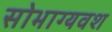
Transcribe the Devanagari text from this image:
सोभाग्यवश